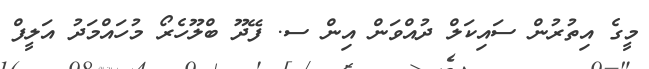
މީގެ އިތުރުން ސައިކަލް ދުއްވަން އިން ސ. ފޭދޫ ބްލޫހެރޯ މުހައްމަދު އަލީފް